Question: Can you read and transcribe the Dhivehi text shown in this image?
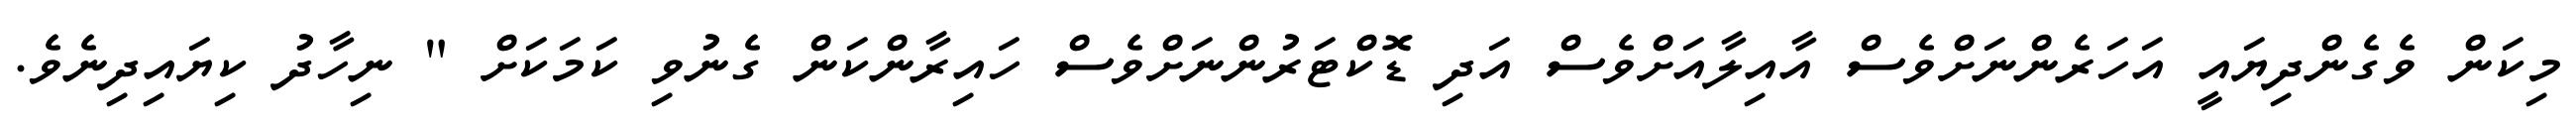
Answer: މިކަން ވެގެންދިޔައީ އަހަރެންނަށްވެސް އާއިލާއަށްވެސް އަދި ޑޮކްޓަރުންނަށްވެސް ހައިރާންކަން ގެނުވި ކަމަކަށް " ނިހާދު ކިޔައިދިނެވެ.